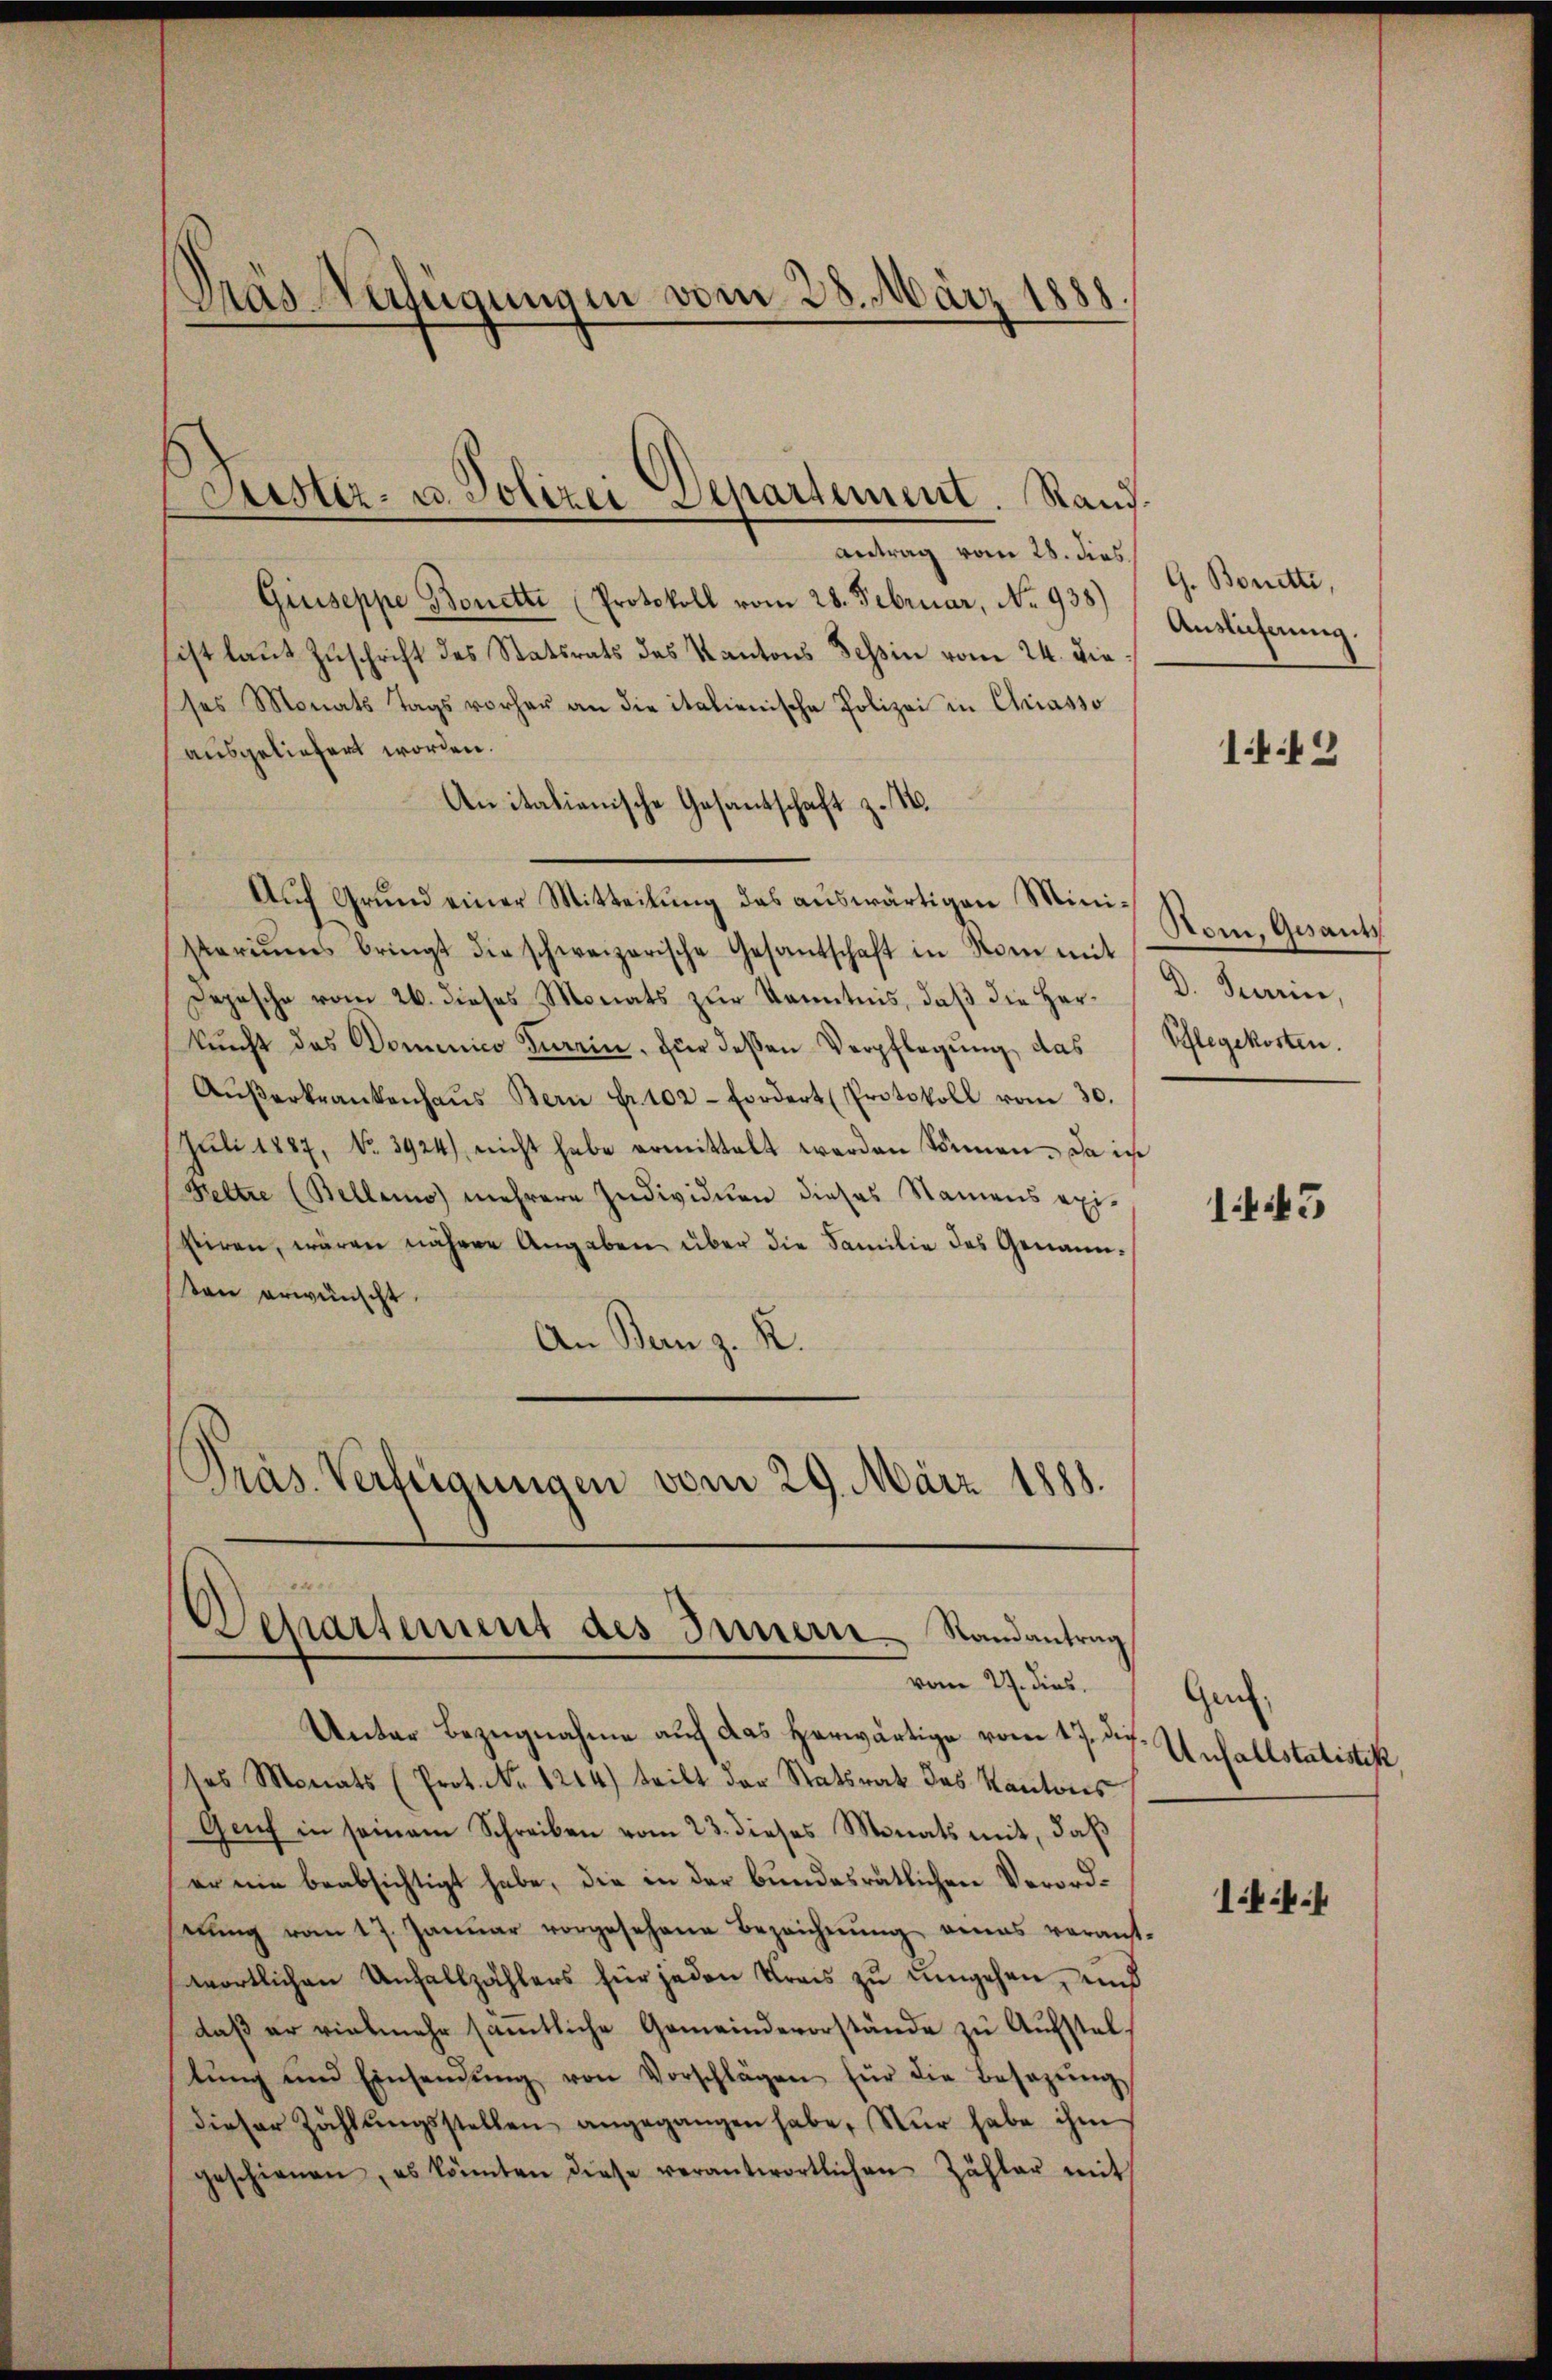
Pras Verfügungen vom 28. März 1888.

uster- u. Polizer Separtement. Rand.

Antrag vom 28. dies
Giuseppe Bonette (Protokoll vom 28. Februar, No. 938)
sist laut Zuschrift des Statsrats des Kantons Tessin vom 24. die
ses Monats Tags vorher an die italienische Polizei in Chriasso
ausgeliefert worden.
Anitationische Gesantschaft z. 1.
Auf Grund einer Mitteilung des auswärtigen Ministariŭms bringt die schweizerische Gesantschaft in Nom mit
Depesche vom 26. dieses Monats zur Kenntnis, daß die Herkunft des Domenico Turin, für deßen Verpflegung, das
Aŭβerkrankenhaŭs Bern Fr. 102- Fordert (Protokoll vom 30.
Jŭli 1887, No. 3924) nicht habe ermittelt werden können. Da ich
Keltre (Belleno mehrere Individuen dieses Namens exi-
siren, wären nähere Angaben über die Familie des Genannten erwünscht.
An Banz. R.
Präs. Verfügungen vom 29. März 1888.

G. Bonetti,
Auslieferung.

1449

Nom, Gesant
D. Turin,
Pflegekosten.

1445

Departement des Innern Randantrag
vom 27. dies

Unter Bezugnahme auf das Herwärtige vom 17. dides Monats (Prot. No. 1214) tritt der Statsrat das Kantons
Genf in seinem Schreiben vom 23. dieses Monats mit, daß
er nie beabsichtigt habe, die in der bundesrätlichen Verordnŭng vom 17. Janŭar vorgesehene Bezeichnŭng eines vorans-
wortlichen Unfallzählers für jeden Kreis zu umgehen, und
daß er vielmehr sämtliche Gemeindevorstände zu Aufstellŭng und Einsendŭng von Vorschlägen für die Besazŭng
dieser Zahlŭngsstellen angegangen habe. Nur habe ihm
geschienen, es könnten diese verantwortlichen Zähler mit

Gen.
Unfallstatistik

1